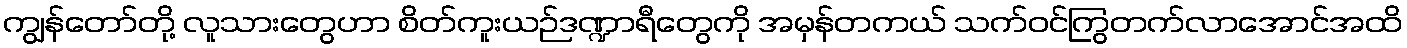
ကျွန်တော်တို့ လူသားတွေဟာ စိတ်ကူးယဉ်ဒဏ္ဍာရီတွေကို အမှန်တကယ် သက်ဝင်ကြွတက်လာအောင်အထိ